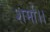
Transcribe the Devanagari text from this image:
शर्मा।।